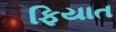
ફિયાત